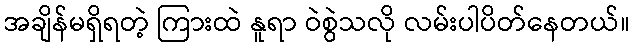
အချိန်မရှိရတဲ့ ကြားထဲ နူရာ ဝဲစွဲသလို လမ်းပါပိတ်နေတယ်။